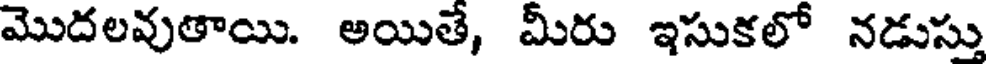
మొదలవుతాయి. అయితే, మీరు ఇసుకలో నడుస్తు